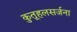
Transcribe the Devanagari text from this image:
कुतूहलसर्जना